Annual report of the Madras Medical College
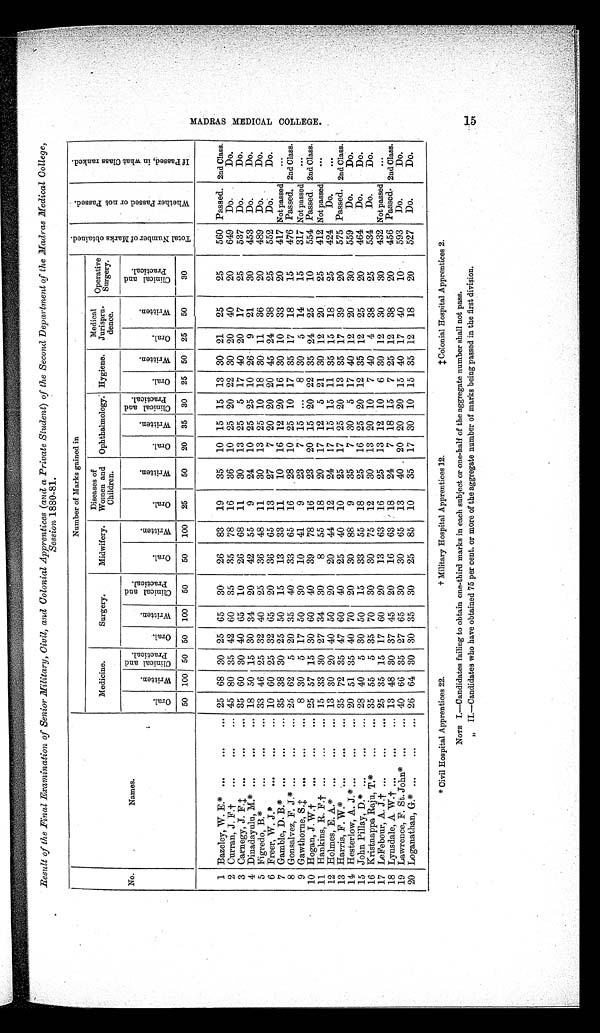
Result of the Final Examination of Senior Military, Civil, and Colonial Apprentices (and a Private Student) of the Second Department of the Madras Medical College,
Session 1880-81.
No.
Names.
Number of Marks gained in
T o t a l N u m b e r o f M a r k s o b t a i n e d .
W h e t h e r P a s s e d o r n o t P a s s e d .
I f P a s s e d , i n w h a t C l a s s r a n k e d .
Medicine.
Surgery.
Midwifery.
Diseases of
Women and
Children.
Ophthalmology. Hygiene.
Medical
Jurispru-
dence.
O p e r a t i v e
S u r g e r y .
Oral.
Wr i t t e n .
Cl i ni cal and
Pract i cal .
Oral.
Wr i t t en.
Cl i ni cal and
Pract i cal .
Or al .
Wr i t t en.
Oral .
Wr i t t en.
Or al .
Wr i t t e n .
Cl i ni cal and
Pract i cal .
Oral .
Wri t t en.
Oral .
Wri t t en.
Clinical and
Practical.
50 100 50 50
100
50
50
100
25
50
20
35
30
25
50
25
50
30
1 Bazeley, W. E.* ...
...
... 25
6 8 30 25 65
30
26
83
19
35
10
15 15
13 30 21
25
25
560 Passed. 2nd Class.
2 Curran, J. F.†
...
...
... 45 80 35 42 60
35
35
78
16
36
10
25
20 22 30
20
40
20
649
Do.
Do.
3 Carnegy, J. F.‡
...
...
... 35 60 30 40
65
10
26
68
11
30
13 25
5 17 40
20
17
25
537
Do.
Do.
4 Dinadayulu, M.* ...
...
... 18 50 15 30
34
20
42
55
9
24
10 25 25 10 26
9
21
30
453
Do.
Do.
5 Figredo, B.*
...
...
... 33
4 6 25 32 40
25
36
48
11
30
13 25 10 18
30 11
36
20
489
Do.
Do.
6 Freer, W. J.*
...
...
... 10 60 25 32
65
20
36
65
13
27
7 20 20 20 45
24
38
25
552
Do.
Do.
7 Gamble, D. B.*
...
...
... 35 38 30 25
50
15
13
33
11
10
16
12 20 16 30
10
33
20
417 Not passed
. . .
8 Gonsalvez, F. J.* ...
...
... 25
62
5 20 35
40
33
65
16
28
10 25
10 17
35
17
18
15
476 Passed. 2nd Class.
9 Gawthorne, S.‡
...
...
...
8 30
5
17 50
30
10
41
9
23
7 15
...
8 30
5
14
15
317 Not passed
. . .
10 Hogan, J. W.†
...
...
... 25 57 15 30
60
40
39
78
16
23
20 15 20 22 35
24
25
10
554 Passed. 2nd Class.
11 Hankins, R. F.† ...
...
... 15 33
30 27 34
30
8
55
18
20
17
12
5
21
30 12
20
25
412 Not passed
. . .
12 Holmes, E. A.*
...
...
... 13
30
20 40
50
20
20
44
12
24
17
15 15
11
35
15
18
25
424
Do.
. . .
13 Harris, F. W.*
...
...
... 35
72 35 47 60
40
25
40
10
25
17
25 20
13
35
17
39
20
575 Passed. 2nd Class.
14 Hesterlow, A. J.* ...
...
... 20 51 35 40
70
20
30
88
9
35
7 30
5
17 40
12
20
30
559
Do.
Do.
15 John Pillay, D.* ...
...
... 28 40
5 30
50
15
33
55
18
25
16 25 20 12 35
12
25
20
464
Do.
Do.
16 Kristnappa Raju T.
*
...
... 35
55
5 35
70
30
30
75
12
30
13
20 10
7 40
4
38
25
534
Do.
Do.
17 LeFebour, A. J.† ...
...
... 25
35 15 17
60
20
13
63
16
2 5
13 12
10
6 30
12
30
30
432 Not passed
...
18 Lynsdale, A. W.† ...
...
... 13 48 30 37 45
20
16
63
18
24
7
18 15
7 25 12
38
20
456 Passed. 2nd Class.
19 Lawrence, F. St. John* ...
... 40 66 35 27 65
30
30
65
13
40
20 20
20 15 40 17
40
10
593
Do.
Do.
20 Loganathan G.* ...
...
... 26 64 30 30 35
30
25
85
10
35
17 30 10
15
35 12
18
20
527
Do.
Do.
* Civil Hospital Apprentices 22.
† Military Hospital Apprentices 12.
‡ Colonial Hospital Apprentices 2.
NOTE I.—Candidates failing to obtain one-third marks in each subject or one-half of the aggregate number shall not pass.
„ II.—Candidates who have obtained 75 per cent. or more of the aggregate number of marks being passed in the first division.
M A D R A S M E D I C A L C O L L E G E .
15